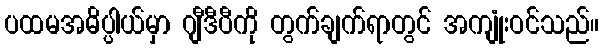
ပထမအဓိပ္ပါယ်မှာ ဂျီဒီပီကို တွက်ချက်ရာတွင် အကျုံးဝင်သည်။